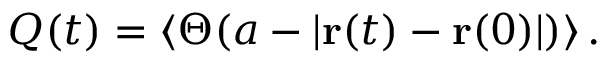
Q ( t ) = \left\langle \Theta ( a - | { \bf r } ( t ) - { \bf r } ( 0 ) | ) \right\rangle .